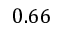
0 . 6 6